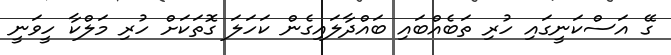
ގޭ އަސްކަނީގައި ހުރި ތަބެއްބައި ބައްދާލައިގެން ކަހަލަ ގޮތަކަށް ހުރި މަލްކާ ހީވަނީ